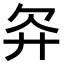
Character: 𬅝